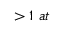
> 1 \ a t \